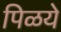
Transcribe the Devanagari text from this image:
पिळये